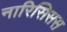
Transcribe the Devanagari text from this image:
नारिसिसस